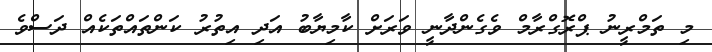
މި ތަމްރީނު ޕްރޮގްރާމްް ވެގެންދާނީ ވަރަށް ކާމިޔާބު އަދި އިތުރު ކަންތައްތަކެއް ދަސްވެ